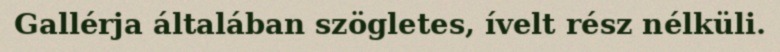
Gallérja általában szögletes, ívelt rész nélküli.